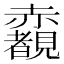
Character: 𧺃